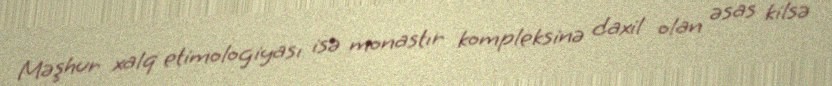
Məşhur xalq etimologiyası isə monastır kompleksinə daxil olan əsas kilsə